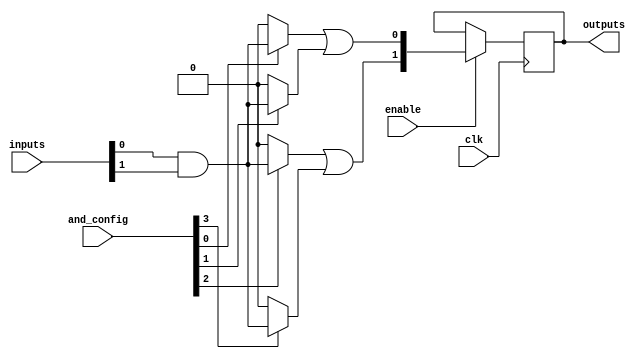
module RPAL #(
    parameter NUM_INPUTS = 4,      // Number of input signals
    parameter NUM_AND_TERMS = 4,    // Number of product terms in AND array
    parameter NUM_OUTPUTS = 2       // Number of outputs
)(
    input wire [NUM_INPUTS-1:0] inputs,       // Input signals
    input wire [NUM_AND_TERMS-1:0] and_config, // Configuration for AND array
    input wire clk,                           // Clock signal
    input wire enable,                        // Enable signal for registers
    output reg [NUM_OUTPUTS-1:0] outputs     // Output signals
);

    // Internal wires for AND and OR arrays
    wire [NUM_AND_TERMS-1:0] and_outputs; // Outputs from AND array
    wire [NUM_OUTPUTS-1:0] or_outputs;    // Outputs from OR array

    // Programmable AND Array
    genvar i;
    generate
        for (i = 0; i < NUM_AND_TERMS; i = i + 1) begin : and_array
            assign and_outputs[i] = and_config[i] ? (inputs[0] & inputs[1]) : 1'b0; // Example logic
        end
    endgenerate

    // Fixed OR Array (combining AND outputs)
    assign or_outputs[0] = and_outputs[0] | and_outputs[1]; // Example OR logic
    assign or_outputs[1] = and_outputs[2] | and_outputs[3]; // Example OR logic

    // Registers to store the output
    always @(posedge clk) begin
        if (enable) begin
            outputs <= or_outputs; // Latch the output on clock edge
        end
    end

endmodule